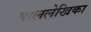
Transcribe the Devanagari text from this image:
बाललेखिका